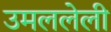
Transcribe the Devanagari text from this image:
उमललेली